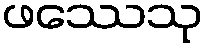
ဖဿေသု